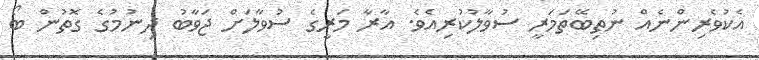
އެކުވެރިންނެއް ނުތިބޭތަމަރީ ސުވާލުކުރިއެވެ. އާރާ މަރީގެ ސުވާލަށް ޖަވާބު ދިނުމުގެ ގޮތުން ބޯ